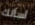
أسألك